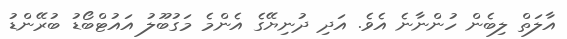
އާލަތް ލިބެން ހުންނާނެ އެވެ. އަދި ދުނިޔޭގެ އެންމެ މަގުބޫލު އައުޓްބޯޑު ބުރޭންޑު